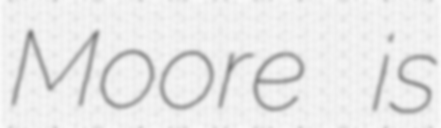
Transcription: Moore is